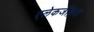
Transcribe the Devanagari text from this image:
एलेकजेंड्रिया